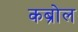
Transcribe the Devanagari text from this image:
कब्रोल